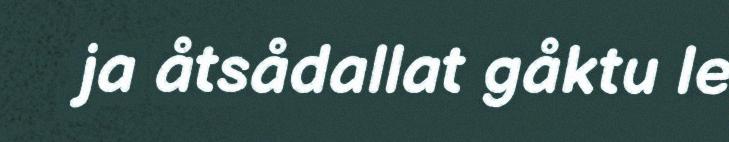
ja åtsådallat gåktu le